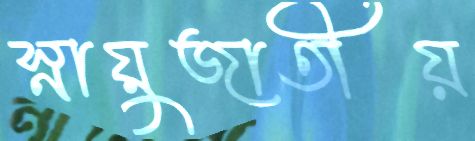
স্নায়ুজাতীয়